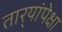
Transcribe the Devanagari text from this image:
तार्‍यांपेक्षा